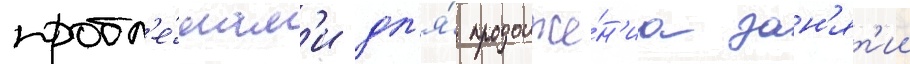
пробл'е́мам'и дл'я́ продолже́н'иа зан'ят'ии